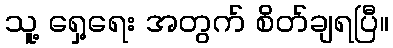
သူ့ ရှေ့ရေး အတွက် စိတ်ချရပြီ။